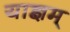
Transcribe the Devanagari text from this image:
याज्ञम्